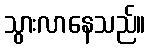
သွားလာနေသည်။